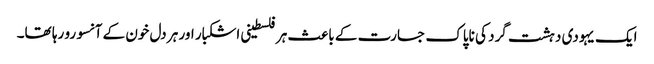
ایک یہودی دہشت گرد کی ناپاک جسارت کے باعث ہرفلسطینی اشکبار اور ہر دل خون کے آنسو رو رہا تھا۔